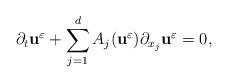
LaTeX: \begin{align*}\partial_{t}\textbf{u}^{\varepsilon} + \sum_{j=1}^{d} A_{j}(\textbf{u}^{\varepsilon})\partial_{x_{j}}\textbf{u}^{\varepsilon} = 0,\end{align*}